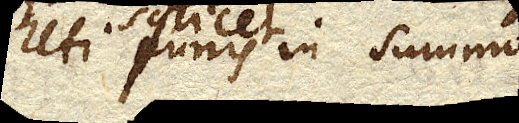
Uti scilicet funis in summo